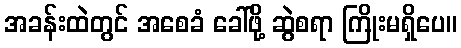
အခန်းထဲတွင် အစေခံ ခေါ်ဖို့ ဆွဲစရာ ကြိုးမရှိပေ။